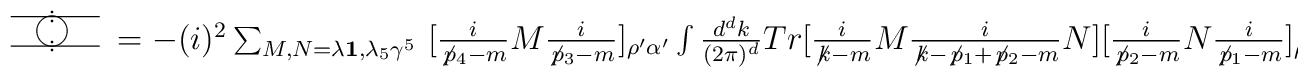
\setlength{\unitlength}{1.5mm}\begin{picture}(110,10)\put(5,7.75){\line(1,0){7.5}}\put(5,5.25){\line(1,0){7.5}}\put(8.5,8.1){\circle*{0.3}}\put(8.5,7.4){\circle*{0.3}}\put(8.5,5.6){\circle*{0.3}}\put(8.5,4.9){\circle*{0.3}}\put(8.5,6.5){\circle{2.5}}\put(14,5){$= -(i)^{2}\sum_{M,N=\lambda{\bf 1},\lambda_{5}\gamma^{5}} \,\,[{i\over \not\, p_{4}-m}M{i\over \not\, p_{3}-m}]_{\rho'\alpha'}\int {d^{d}k\over (2\pi )^{d}}Tr[{i\over \not\, k-m}M{i\over \not\, k-\not\, p_{1}+\not\, p_{2}-m}N][{i\over \not\, p_{2}-m}N{i\over \not\, p_{1}-m}]_{\rho\alpha}$}\end{picture}\nonumber